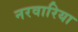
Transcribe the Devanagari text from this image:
नरवारिया